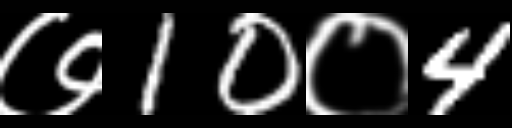
Text: ७10०4